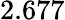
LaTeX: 2.677